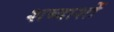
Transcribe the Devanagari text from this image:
शब्दाशों